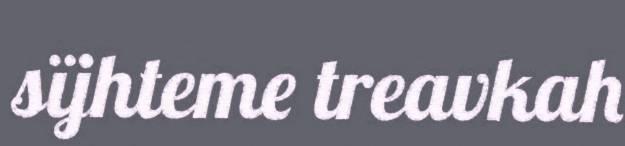
sïjhteme treavkah